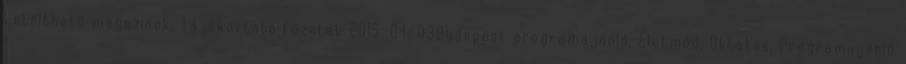
Letölthető magazinok, Tájékoztató füzetek 2015-04-03Budapest programajánló, Életmód, Oktatás, Programajánló